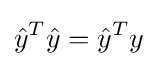
{\hat {y}}^{T}{\hat {y}}={\hat {y}}^{T}y